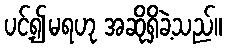
ပင့်၍မရဟု အဆိုရှိခဲ့သည်။